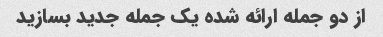
از دو جمله ارائه شده یک جمله جدید بسازید